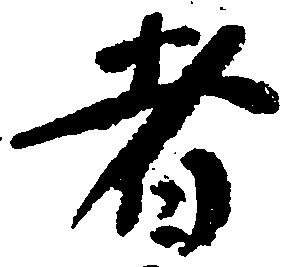
者